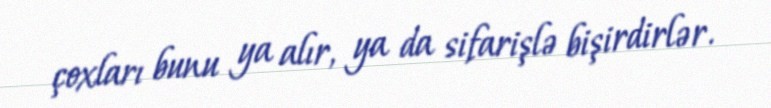
çoxları bunu ya alır, ya da sifarişlə bişirdirlər.